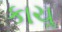
કાચૢ